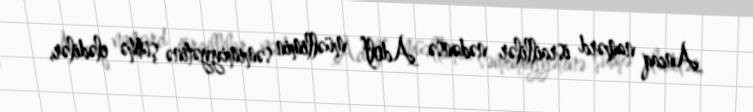
Ancaq namərd israillilər nədənsə Adolf müəllimin səmimiyyətinə şübhə elədilər,